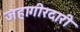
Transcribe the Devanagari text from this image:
जहागीरदारी